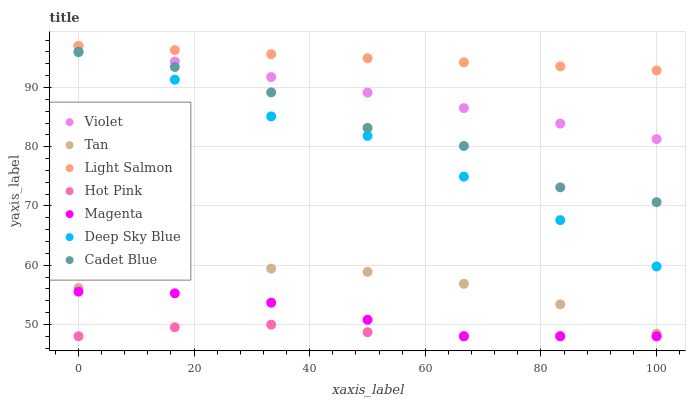
| xaxis_label | Violet | Tan | Light Salmon | Hot Pink | Magenta | Deep Sky Blue | Cadet Blue |
 | --- | --- | --- | --- | --- | --- | --- | --- |
 | 0 | 97 | 56.2 | 97 | 48 | 55.5 | 96 | 96 |
 | 16.7 | 94.4 | 58.5 | 96.3 | 49.5 | 55.3 | 91.3 | 93.5 |
 | 33.3 | 91.8 | 59.4 | 95.6 | 50 | 53.7 | 85.1 | 89.2 |
 | 50 | 89.1 | 58.9 | 94.9 | 48.7 | 50.8 | 81.8 | 83.2 |
 | 66.7 | 86.5 | 56.9 | 94.2 | 48 | 48 | 75 | 80.1 |
 | 83.3 | 83.9 | 53.4 | 93.6 | 48 | 48 | 67.6 | 73.1 |
 | 100 | 81.3 | 48.5 | 92.9 | 48 | 48 | 59.8 | 70.6 |